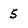
Character: 5